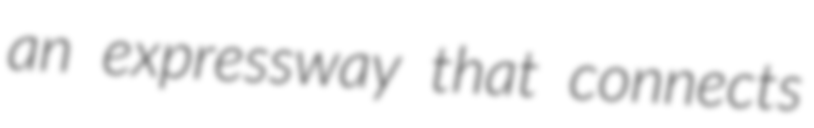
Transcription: an expressway that connects